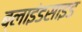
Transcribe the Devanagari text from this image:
ब्लाइंडसाइड